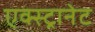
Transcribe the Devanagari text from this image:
एक्स्ट्रानेट